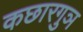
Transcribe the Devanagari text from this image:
कछारगुञ